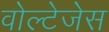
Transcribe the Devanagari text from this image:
वोल्टेजेस